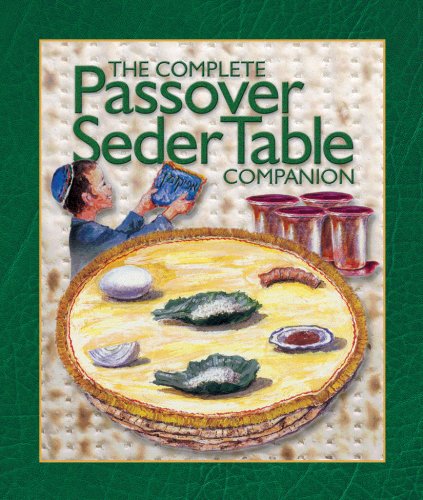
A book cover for The Passover Seder Table Companion (Transliterated English Haggadah and Easy Guide); Rabbi Zalman Goldstein; Religion & Spirituality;